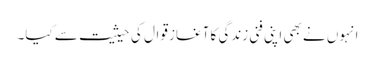
انہوں نے بھی اپنی فنی زندگی کا آغاز قوال کی حیثیت سے کیا۔